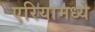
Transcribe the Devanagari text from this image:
एरियामध्ये